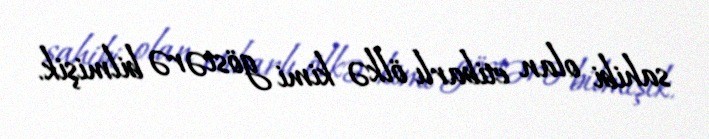
sahibi olan etibarlı ölkə kimi göstərə bilmişik.